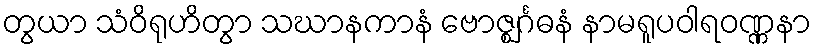
တွယာ သံဝိရုဟိတွာ သဃာနကာနံ ဗောဇ္ဈင်္ဂဓနံ နာမရူပဝါရဝဏ္ဏနာ